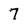
Character: 7